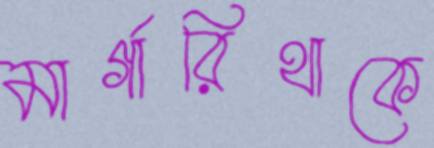
মার্গারিথাকে